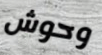
وحوش